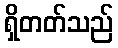
ရှိတတ်သည်